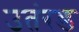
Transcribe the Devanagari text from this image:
उतंरड